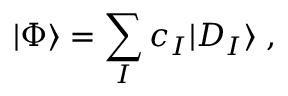
| \Phi \rangle = \sum _ { I } c _ { I } | D _ { I } \rangle \; ,